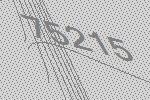
75215